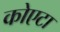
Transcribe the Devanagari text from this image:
कोएटा